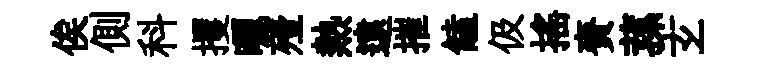
俟側科攫曬殪熱遠摧饁伋揺賚蓀𤣥